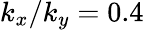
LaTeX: k_{x}/k_{y}=0.4